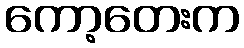
ကော့တေးက